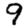
Digit: 9